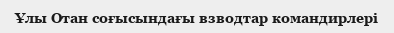
Ұлы Отан соғысындағы взводтар командирлері